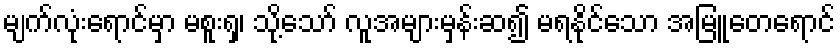
မျက်လုံးရောင်မှာ မစူးရှ၊ သို့သော် လူအများမှန်းဆ၍ မရနိုင်သော အမြူတေရောင်